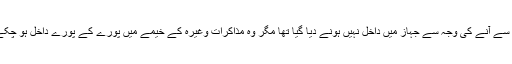
انہیں کراچی ائر پورٹ پر دیر سے آنے کی وجہ سے جہاز میں داخل نہیں ہونے دیا گیا تھا مگر وہ مذاکرات وغیرہ کے خیمے میں پورے کے پورے داخل ہو چکے ہیں اور سراج الحق باہر ہیں۔